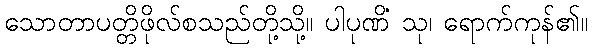
သောတာပတ္တိဖိုလ်စသည်တို့သို့။ ပါပုဏိံ သု၊ ရောက်ကုန်၏။